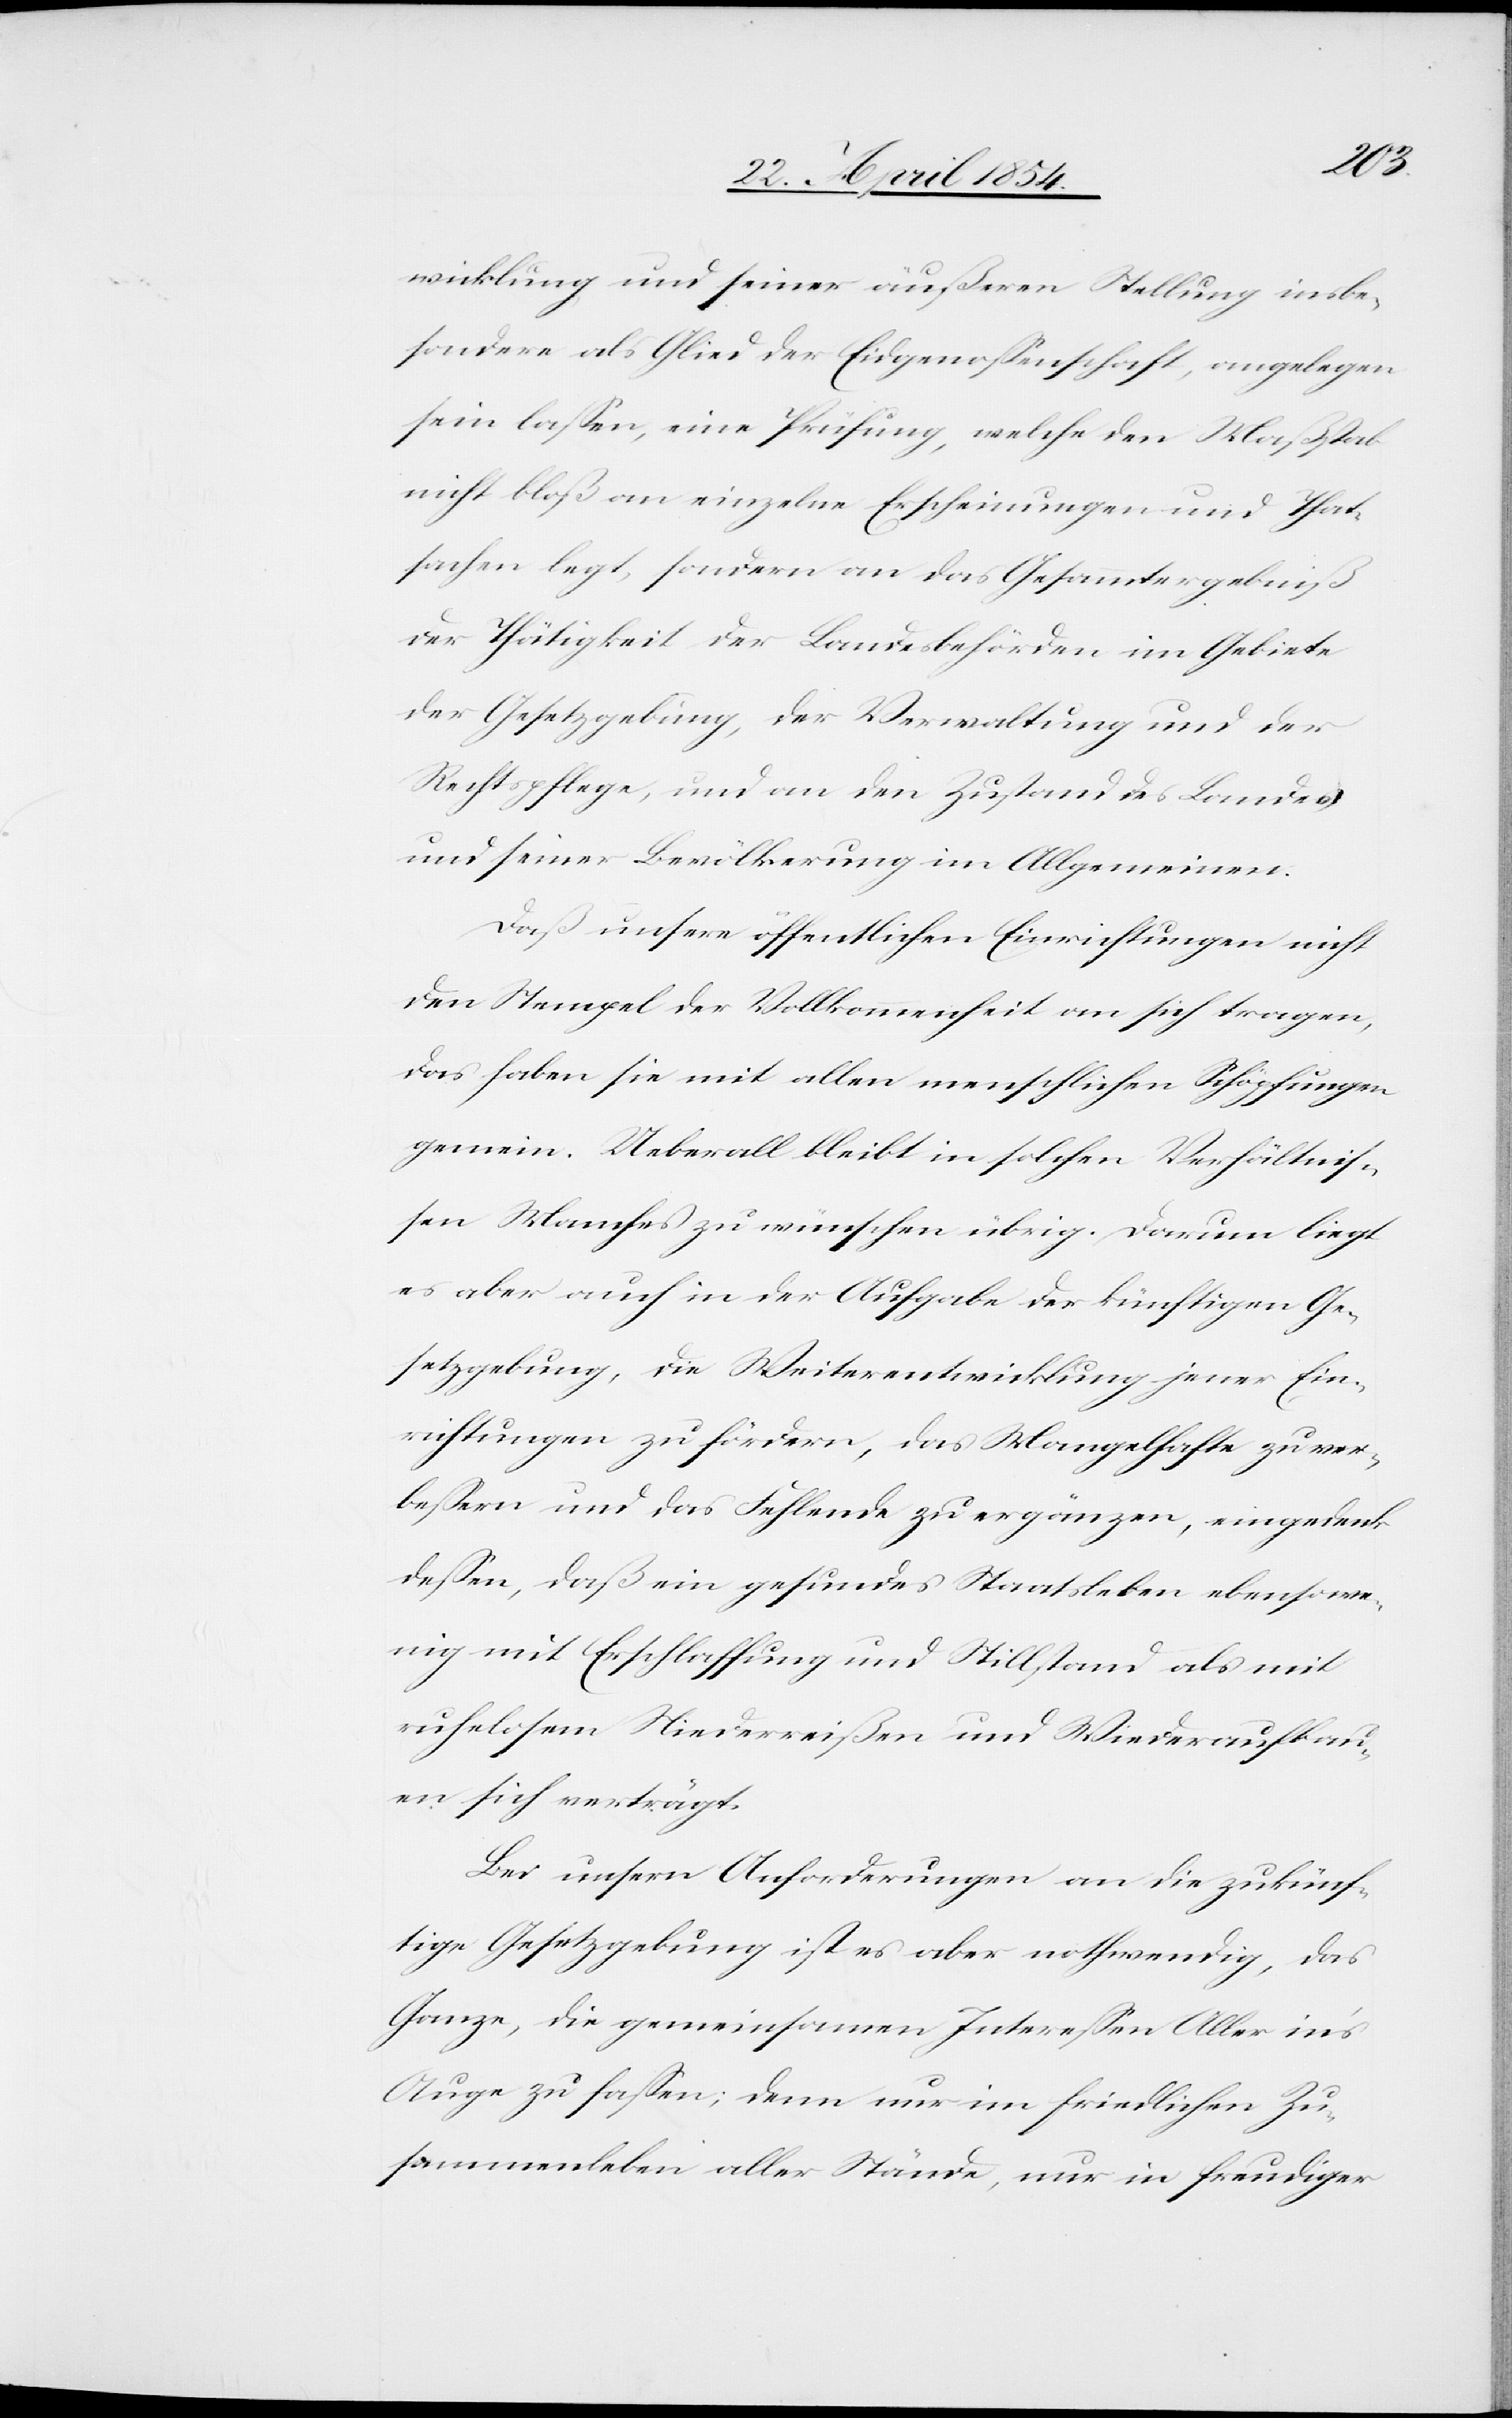
wicklung und seiner äußeren Stellung insbe¬
sondere als Glied der Eidgenoßenschaft, angelegen
sein laßen, eine Prüfung, welche den Maßstab
nicht bloß an einzelne Erscheinungen und That¬
sachen legt, sondern an das Gesammtergebniß
der Thätigkeit der Landesbehörden im Gebiete
der Gesetzgebung, der Verwaltung und der
Rechtspflege, und an den Zustand des Landes
und seiner Bevölkerung im Allgemeinen.
Daß unsere öffentlichen Einrichtungen nicht
den Stempel der Vollkommenheit an sich tragen,
das haben sie mit allen menschlichen Schöpfungen
gemein. Ueberall bleibt in solchen Verhältnis¬
sen Manches zu wünschen übrig. Darum liegt
es aber auch in der Aufgabe der künftigen Ge¬
setzgebung, die Weiterentwicklung jener Ein¬
richtungen zu fördern, das Mangelhafte zu ver¬
beßern und das Fehlende zu ergänzen, eingedenk
deßen, daß ein gesundes Staatsleben ebenso we¬
nig mit Erschlaffung und Stillstand als mit
ruhelosem Niederreißen und Wiederaufbau¬
en sich verträgt.
Bei unsern Anforderungen an die zukünf¬
tige Gesetzgebung ist es aber nothwendig, das
Ganze, die gemeinsamen Intereßen Aller in’s
Auge zu faßen; denn nur im friedlichen Zu¬
sammenleben aller Stände, nur in freudiger